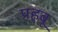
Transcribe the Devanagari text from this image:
प्रहबू